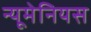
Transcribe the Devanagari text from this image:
न्यूमेनियस